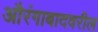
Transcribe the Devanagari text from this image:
औरंगाबादवरील